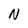
Character: N